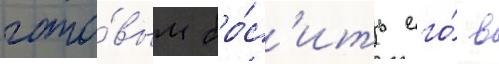
гото́вым бро́с'ить его́ в